Lunatic asylums United Provinces 1909-1921 - 1909-1921
Year: 1909
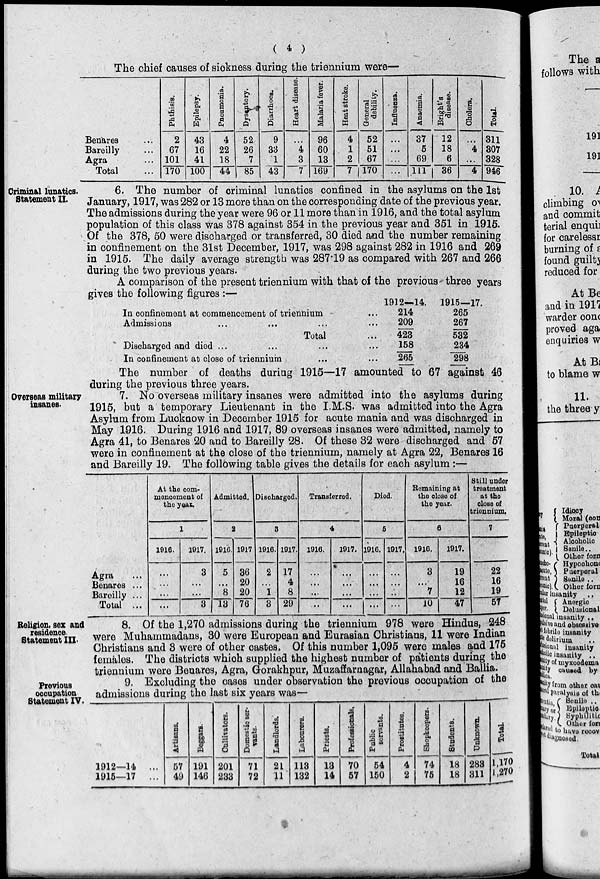
( 4 )
The chief causes of sickness during the triennium were—
Benares ...
Bareilly ...
Agra ...
Total ...
Phthisis.
2
67
101
170
Epilepsy.
43
16
41
100
Pneumonia.
4
22
18
44
Dysentery.
52
26
7
85
Diarrhoea.
9
33
1
43
Heart disease.
...
4
3
7
Malaria fever.
96
60
13
169
Heat stroke.
4
1
2
7
General
debility.
52
51
67
170
Influenza.
...
...
...
...
Anaemia.
37
5
69
111
Bright's
disease.
12
18
6
36
Cholera.
...
4
...
4
Total.
311
307
328
946
Criminal lunatics.
Statement II.
6. The number of criminal lunatics confined in the asylums on the 1st
January, 1917, was 282 or 13 more than on the corresponding date of the previous year.
The admissions during the year were 96 or 11 more than in 1916, and the total asylum
population of this class was 378 against 354 in the previous year and 351 in 1915.
Of the 378, 50 were discharged or transferred, 30 died and the number remaining
in confinement on the 31st December, 1917, was 298 against 282 in 1916 and 269
in 1915. The daily average strength was 287.19 as compared with 267 and 266
during the two previous years.
A comparison of the present triennium with that of the previous three years
gives the following figures :—
In confinement at commencement of triennium ...
Admissions ... ... ... ...
Total ...
Discharged and died ... ... ... ...
In confinement at close of triennium ... ...
1912—14.
214
209
423
158
265
1915—17.
265
267
532
234
298
The number of deaths during 1915—17 amounted to 67 against 46
during the previous three years.
Overseas military
insanes.
7. No overseas military insanes were admitted into the asylums during
1915, but a temporary Lieutenant in the I.M.S. was admitted into the Agra
Asylum from Lucknow in December 1915 for acute mania and was discharged in
May 1916. During 1916 and 1917, 89 overseas insanes were admitted, namely to
Agra 41, to Benares 20 and to Bareilly 28. Of these 32 were discharged and 57
were in confinement at the close of the triennium, namely at Agra 22, Benares 16
and Bareilly 19. The following table gives the details for each asylum :—
Agra ...
Benares ...
Bareilly ...
Total ...
At the com-
mencement of
the year.
1
1916.
...
...
...
...
1917.
3
...
...
3
Admitted.
2
1916.
5
...
8
13
1917.
36
20
20
76
Discharged.
3
1916.
2
...
1
3
1917.
17
4
8
29
Transferred.
4
1916.
...
...
...
...
1917.
...
...
...
...
Died.
5
1916.
...
...
...
...
1917.
...
...
...
...
Remaining at
the close of
the year.
6
1916.
3
...
7
10
1917.
19
16
12
47
Still under
treatment
at the
close of
triennium.
7
22
16
19
57
Religion, sex and
residence.
Statement III.
8. Of the 1,270 admissions during the triennium 978 were Hindus, 248
were Muhammadans, 30 were European and Eurasian Christians, 11 were Indian
Christians and 3 were of other castes. Of this number 1,095 were males and 175
females. The districts which supplied the highest number of patients during the
triennium were Benares, Agra, Gorakhpur, Muzaffarnagar, Allahabad and Ballia.
Previous
occupation
Statement IV.
9. Excluding the cases under observation the previous occupation of the
admissions during the last six years was—
1912—14 ...
1915—17 ...
Artisans.
57
49
Beggars.
191
146
Cultivators.
201
233
Domestic ser-
vants.
71
72
Landlords.
21
11
Labourers.
113
132
Priests.
13
14
Professionals.
70
57
Public
servants.
54
150
Prostitutes.
4
2
Shopkeepers.
74
75
Students.
18
18
Unknown.
283
311
Total.
1,170
1,270